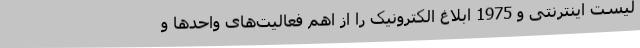
لیست اینترنتی و 1975 ابلاغ الکترونیک را از اهم فعالیت‌های واحدها و